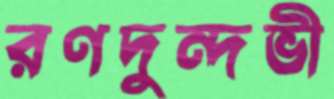
রণদুন্দভী